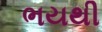
ભયથી